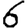
Digit: 6